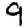
Digit: 9